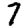
Digit: 7